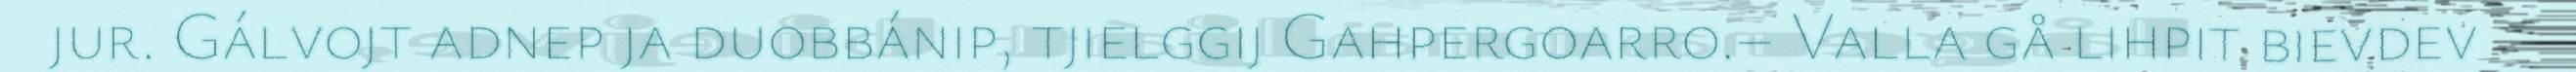
jur. Gálvojt adnep ja duobbánip, tjielggij Gahpergoarro.– Valla gå lihpit bievdev